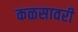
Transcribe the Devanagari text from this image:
कळसावरी